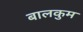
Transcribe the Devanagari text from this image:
बालकुम